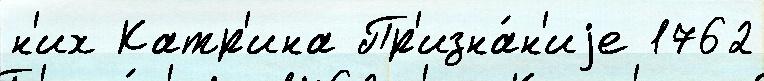
н'их Катр'ина Пр'изна́н'иjе 1762